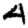
Digit: 4